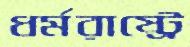
ধর্মরাষ্ট্রে